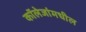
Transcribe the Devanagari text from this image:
कॉलेजांमधील